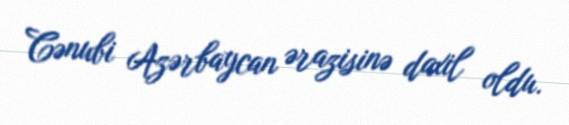
Cənubi Azərbaycan ərazisinə daxil oldu.